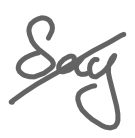
Text: Say
Cross-out: diagonal
Writing tool: digital_gray